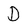
Character: d